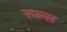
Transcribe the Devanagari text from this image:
रूल्‍स